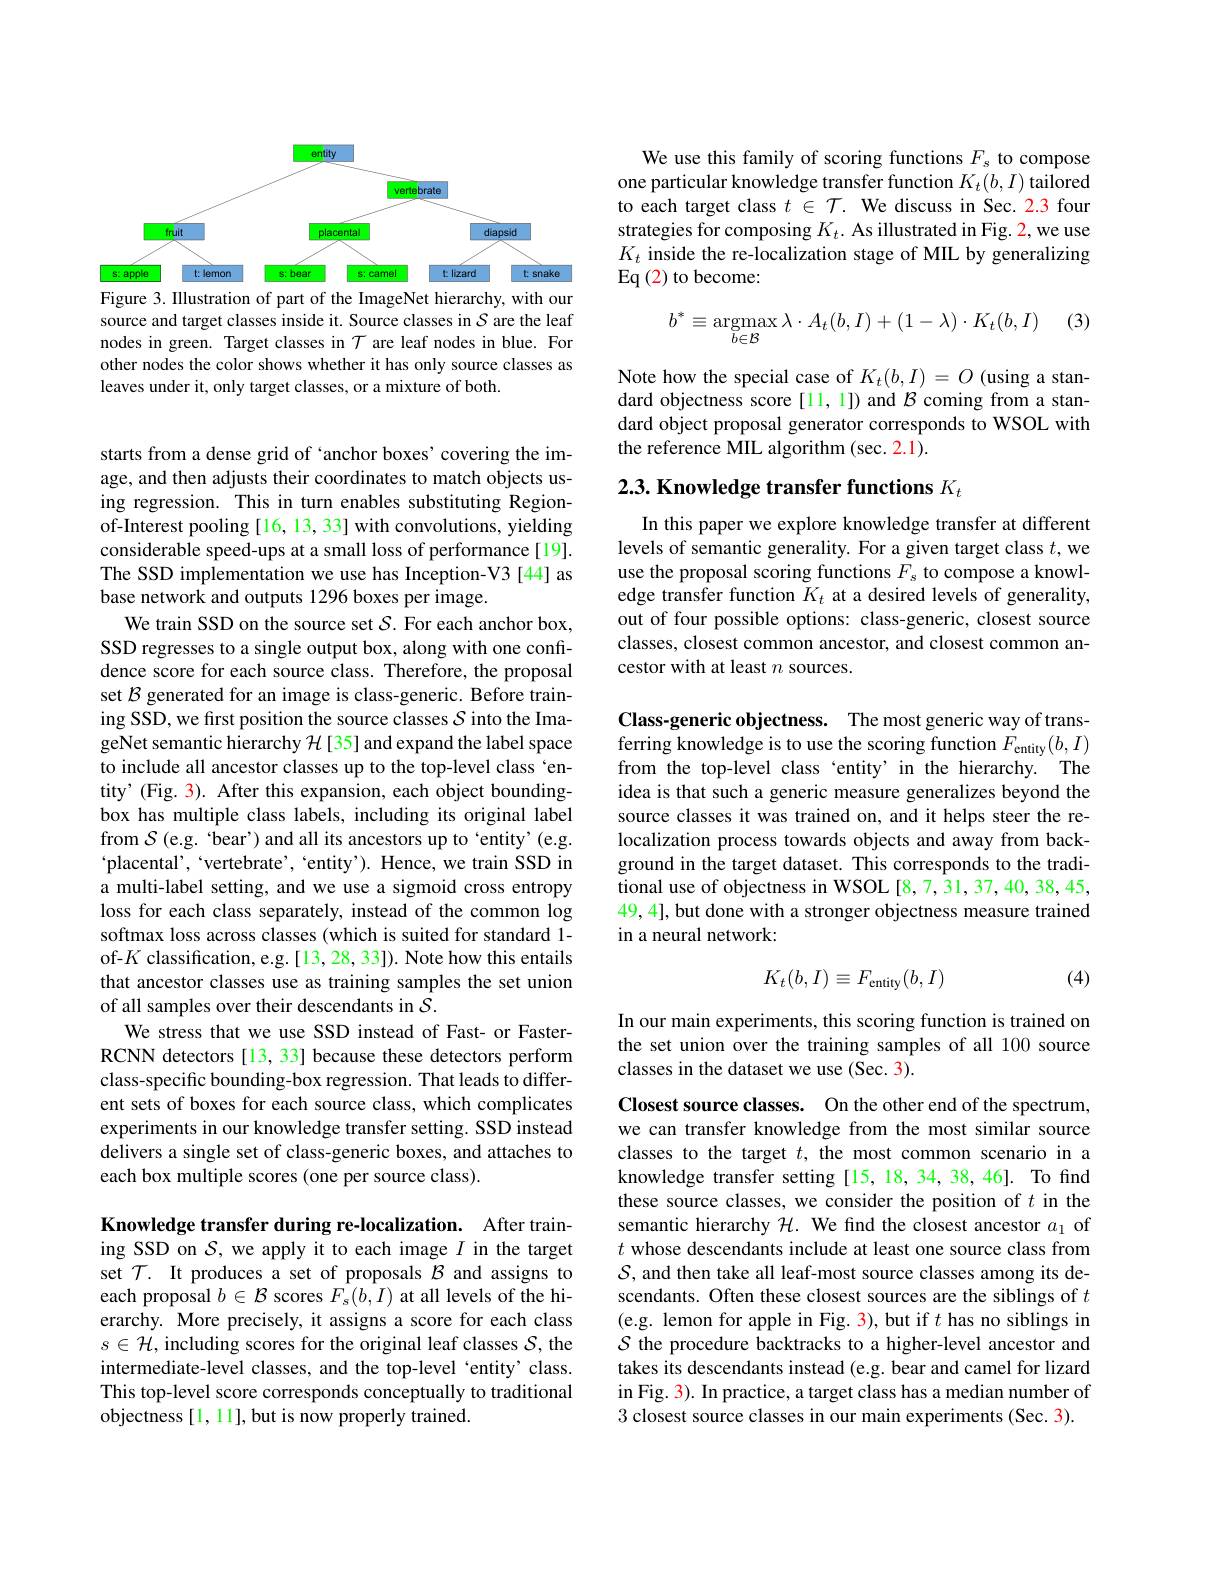
<FigureHere>
Figure 3. Illustration of part of the ImageNet hierarchy, with our

source and target classes inside it. Source classes in $\mathcal{S}$ are the leaf nodes in green. Target classes in $\mathcal{T}$ are leaf nodes in blue. For other nodes the color shows whether it has only source classes as leaves under it, only target classes, or a mixture of both.

starts from a dense grid of `anchor boxes'covering the image, and then adjusts their coordinates to match objects using regression. This in turn enables substituting Regionof-Interest pooling [16, 13, 33] with convolutions, yielding considerable speed-ups at a small loss of performance [19]. The SSD implementation we use has Inception-V3 [44] as base network and outputs 1296 boxes per image.
We train SSD on the source set $\mathcal{S}.$ For each anchor box, SSD regresses to a single output box, along with one confidence score for each source class. Therefore, the proposal set $\mathcal{B}$ generated for an image is class-generic. Before training SSD, we first position the source classes $\mathcal{S}$ into the ImageNet semantic hierarchy $\mathcal{H}$ [35] and expand the label space to include all ancestor classes up to the top-level class `entity' (Fig. 3). After this expansion, each object boundingbox has multiple class labels, including its original label from $\mathcal{S}$ (e.g. 'bear') and all its ancestors up to `entity'(e.g. $`$placental',“vertebrate’,“entity’). Hence, we train SSD in a multi-label setting, and we use a sigmoid cross entropy loss for each class separately, instead of the common log softmax loss across classes (which is suited for standard 1- of-$K$ classification, e.g.[13, 28, 33]). Note how this entails that ancestor classes use as training samples the set union of all samples over their descendants in $S.$
We stress that we use SSD instead of Fast- or FasterRCNN detectors [13, 33] because these detectors perform class-specific bounding-box regression. That leads to different sets of boxes for each source class, which complicates experiments in our knowledge transfer setting. SSD instead delivers a single set of class-generic boxes, and attaches to each box multiple scores (one per source class).

Knowledge transfer during re-localization. After training SSD on $S$, we apply it to each image $I$ in the target set $\mathcal{T}.$ It produces a set of proposals $\mathcal{B}$ and assigns to each proposal $b\in\mathcal{B}$ scores $F_s(b,I)$ at all levels of the hierarchy. More precisely, it assigns a score for each class $s\in\mathcal{H}$, including scores for the original leaf classes $\mathcal{S}$, the intermediate-level classes, and the top-level 'entity' class. This top-level score corresponds conceptually to traditional objectness [1, 11], but is now properly trained.

We use this family of scoring functions $F_s$ to compose one particular knowledge transfer function $K_t(b,I)$ tailored to each target class $t\in\mathcal{T}.$ We discuss in Sec. 2.3 four strategies for composing $K_t.$ As illustrated in Fig. 2, we use $K_t$ inside the re-localization stage of MIL by generalizing $\operatorname{Eq}\left(2\right)$to become:

(3)
$$b^*\equiv\mathop{\mathrm{argmax}}\limits_{b\in\mathcal{B}}\lambda\cdot A_t(b,I)+(1-\lambda)\cdot K_t(b,I)$$
Note how the special case of $K_t(b,I)=O$ (using a standard objectness score [11, 1]) and $\mathcal{B}$ coming from a standard object proposal generator corresponds to WSOL with the reference MIL algorithm (sec. 2.1).

## 2.3. Knowledge transfer functions $K_t$

In this paper we explore knowledge transfer at different levels of semantic generality. For a given target class $t$,we use the proposal scoring functions $F_s$ to compose a knowledge transfer function $K_t$ at a desired levels of generality, out of four possible options: class-generic, closest source classes, closest common ancestor, and closest common ancestor with at least $n$ sources.

Class-generic objectness. The most generic way of transferring knowledge is to use the scoring function $F_{\mathrm{entity}}(b,I)$ from the top-level class‘entity’in the hierarchy. The idea is that such a generic measure generalizes beyond the source classes it was trained on, and it helps steer the relocalization process towards objects and away from background in the target dataset. This corresponds to the traditional use of objectness in WSOL [8,7,31,37,40,38,45, 49, 4], but done with a stronger objectness measure trained in a neural network:

(4)
$$K_t(b,I)\equiv F_{\text{entity}}(b,I)$$
In our main experiments, this scoring function is trained on the set union over the training samples of all 100 source classes in the dataset we use (Sec. 3).

Closest source classes. On the other end of the spectrum, we can transfer knowledge from the most similar source classes to the target $t$, the most common scenario in a knowledge transfer setting [15, 18, 34, 38, 46]. To find these source classes, we consider the position of $t$ in the semantic hierarchy $\mathcal{H}.$ We find the closest ancestor $a_1$ of $t$ whose descendants include at least one source class from $\mathcal{S}$, and then take all leaf-most source classes among its descendants. Often these closest sources are the siblings of $t$ (e.g. lemon for apple in Fig. 3), but if $t$ has no siblings in $S$ the procedure backtracks to a higher-level ancestor and takes its descendants instead (e.g. bear and camel for lizard in Fig. 3). In practice, a target class has a median number of 3 closest source classes in our main experiments (Sec. 3).